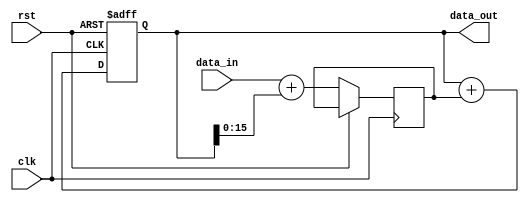
module cascaded_accumulator(
    input clk,
    input rst,
    input signed [15:0] data_in,
    output reg signed [31:0] data_out
);

reg signed [31:0] accumulator;
reg signed [15:0] intermediate_data;

always @(posedge clk or posedge rst) begin
    if (rst) begin
        accumulator <= 0;
    end else begin
        intermediate_data <= data_in + accumulator[15:0]; // Perform addition operation
        accumulator <= accumulator + intermediate_data[15:0]; // Accumulate the data values
    end
end

assign data_out = accumulator;

endmodule